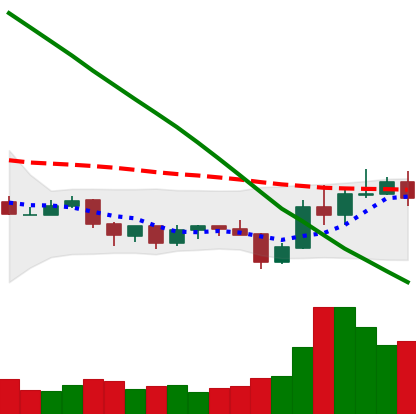
Ticker: ADA-USD
Chart end date: 2019-10-30
Forward return: 3.024%
Label: up_3_5